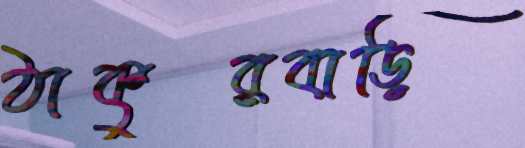
ঠাকুরবাড়ি